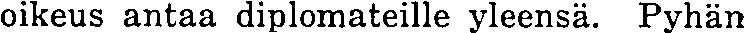
oikeus antaa diplomateille yleensä. Pyhän